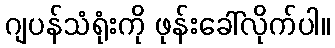
ဂျပန်သံရုံးကို ဖုန်းခေါ်လိုက်ပါ။